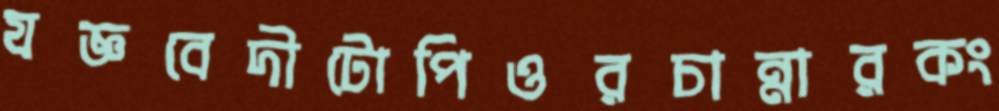
যজ্ঞবেদীটোপিওরচান্নারকং